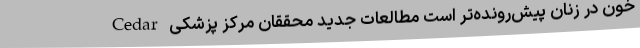
خون در زنان پیش‌رونده‌تر است مطالعات جدید محققان مرکز پزشکی Cedar